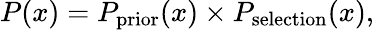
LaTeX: P(x)=P_{\mathrm{prior}}(x)\times P_{\mathrm{selection}}(x),